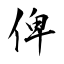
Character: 俾